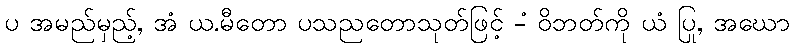
ပ အမည်မှည့်, အံ ယ.မီတော ပသညတောသုတ်ဖြင့် -ံ ဝိဘတ်ကို ယံ ပြု, အဃော